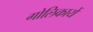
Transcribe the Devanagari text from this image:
गोलिकायें